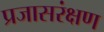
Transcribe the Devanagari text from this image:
प्रजासरंक्षण